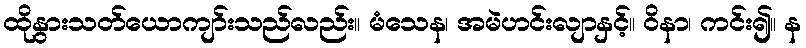
ထိုနွားသတ်ယောကျာ်းသည်လည်း။ မံသေန၊ အမဲဟင်းလျာနှင့်။ ဝိနာ၊ ကင်း၍။ န